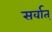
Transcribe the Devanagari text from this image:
सर्वात्